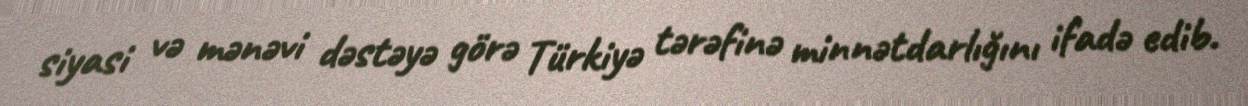
siyasi və mənəvi dəstəyə görə Türkiyə tərəfinə minnətdarlığını ifadə edib.